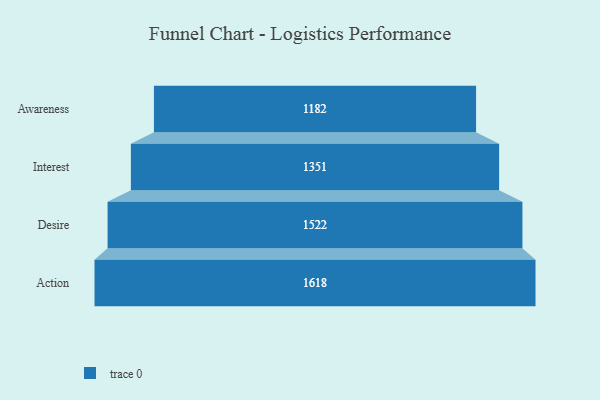
{"axis": {"x": "Stage", "y": "Value"}, "legend": [""], "data": [{"x": "Awareness", "y": 1182.0, "type": ""}, {"x": "Interest", "y": 1351.0, "type": ""}, {"x": "Desire", "y": 1522.0, "type": ""}, {"x": "Action", "y": 1618.0, "type": ""}]}